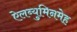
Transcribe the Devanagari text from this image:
ऐलब्युमिनमेह